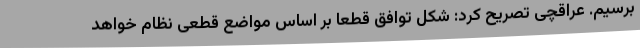
برسیم. عراقچی تصریح کرد: شکل توافق قطعا بر اساس مواضع قطعی نظام خواهد